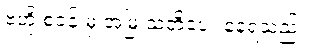
ဗဟို စခန်းမှ အမြဲ သတိပေး နေရသည်။